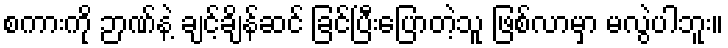
စကားကို ဉာဏ်နဲ့ ချင့်ချိန်ဆင် ခြင်ပြီးပြောတဲ့သူ ဖြစ်လာမှာ မလွဲပါဘူး။